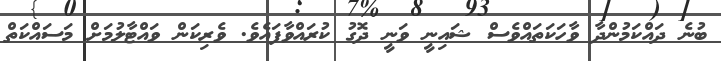
ބުނެ ދައްކަމުންދާ ވާހަކަތައްވެސް ޝައިނީ ވަނީ ދޮގު ކުރައްވާފައެވެ. ވެރިކަން ވައްޓާލުމަށް މަސައްކަތް